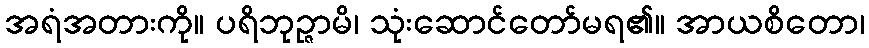
အရံအတားကို။ ပရိဘုဉ္ဇာမိ၊ သုံးဆောင်တော်မရ၏။ အာယစိတော၊